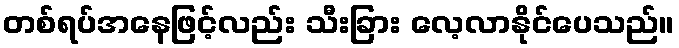
တစ်ရပ်အနေဖြင့်လည်း သီးခြား လေ့လာနိုင်ပေသည်။